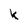
Character: k